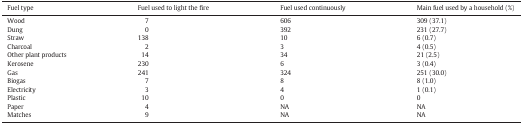
<table><thead><tr><td><b>Fuel type</b></td><td><b>Fuel used to light the fire</b></td><td><b>Fuel used continuously</b></td><td><b>Main fuel used by a household (%)</b></td></tr></thead><tbody><tr><td>Wood</td><td>7</td><td>606</td><td>309 (37.1)</td></tr><tr><td>Dung</td><td>0</td><td>392</td><td>231 (27.7)</td></tr><tr><td>Straw</td><td>138</td><td>10</td><td>6 (0.7)</td></tr><tr><td>Charcoal</td><td>2</td><td>3</td><td>4 (0.5)</td></tr><tr><td>Other plant products</td><td>14</td><td>34</td><td>21 (2.5)</td></tr><tr><td>Kerosene</td><td>230</td><td>6</td><td>3 (0.4)</td></tr><tr><td>Gas</td><td>241</td><td>324</td><td>251 (30.0)</td></tr><tr><td>Biogas</td><td>7</td><td>8</td><td>8 (1.0)</td></tr><tr><td>Electricity</td><td>3</td><td>4</td><td>1 (0.1)</td></tr><tr><td>Plastic</td><td>10</td><td>0</td><td>0</td></tr><tr><td>Paper</td><td>4</td><td>NA</td><td>NA</td></tr><tr><td>Matches</td><td>9</td><td>NA</td><td>NA</td></tr></tbody></table>